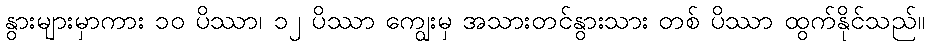
နွားများမှာကား ၁၀ ပိဿာ၊ ၁၂ ပိဿာ ကျွေးမှ အသားတင်နွားသား တစ် ပိဿာ ထွက်နိုင်သည်။